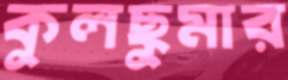
কুলছুমার